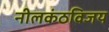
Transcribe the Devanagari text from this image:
नीलकंठविजय